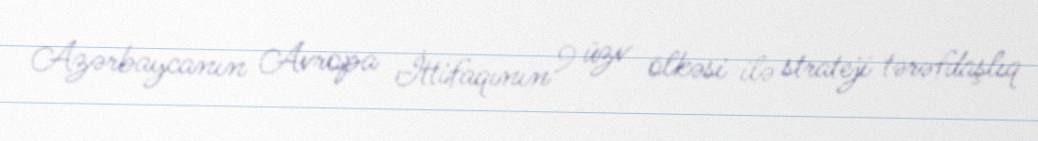
Azərbaycanın Avropa İttifaqının 9 üzv ölkəsi ilə strateji tərəfdaşlıq